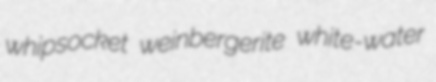
whipsocket weinbergerite white-water